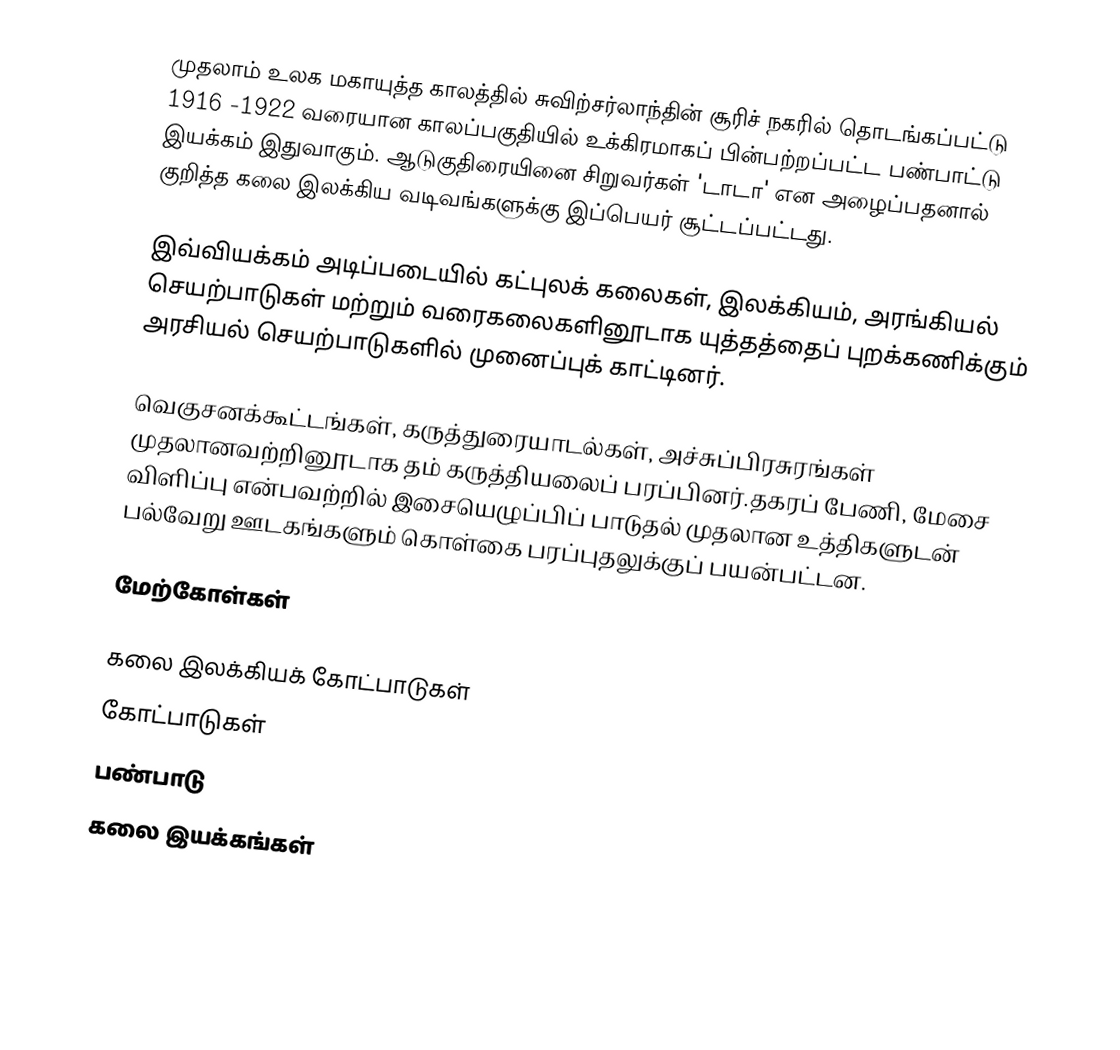
முதலாம் உலக மகாயுத்த காலத்தில் சுவிற்சர்லாந்தின் சூரிச் நகரில் தொடங்கப்பட்டு 1916 -1922 வரையான காலப்பகுதியில் உக்கிரமாகப் பின்பற்றப்பட்ட பண்பாட்டு இயக்கம் இதுவாகும். ஆடுகுதிரையினை சிறுவர்கள் 'டாடா' என அழைப்பதனால் குறித்த கலை இலக்கிய வடிவங்களுக்கு இப்பெயர் சூட்டப்பட்டது.

இவ்வியக்கம் அடிப்படையில் கட்புலக் கலைகள், இலக்கியம், அரங்கியல் செயற்பாடுகள் மற்றும் வரைகலைகளினூடாக யுத்தத்தைப் புறக்கணிக்கும் அரசியல் செயற்பாடுகளில் முனைப்புக் காட்டினர்.

வெகுசனக்கூட்டங்கள், கருத்துரையாடல்கள், அச்சுப்பிரசுரங்கள் முதலானவற்றினூடாக தம் கருத்தியலைப் பரப்பினர்.தகரப் பேணி, மேசை விளிப்பு என்பவற்றில் இசையெழுப்பிப் பாடுதல் முதலான உத்திகளுடன் பல்வேறு ஊடகங்களும் கொள்கை பரப்புதலுக்குப் பயன்பட்டன.

மேற்கோள்கள்

கலை இலக்கியக் கோட்பாடுகள்
கோட்பாடுகள்
பண்பாடு
கலை இயக்கங்கள்